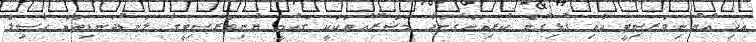
އަދި އެޔުނިވަރސިޓީ އާއި ގުޅިގެން ކުރިއަށްގެންދާ މަޝްރޫޢުތަކަކީ ގައުމީ ޔުނިވަރސިޓީގެ ލަނޑުދަނޑިތައް ހާސިލް